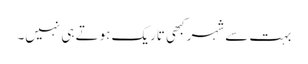
بہت سے شہر کبھی تاریک ہوتے ہی نہیں۔